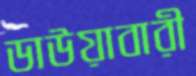
ডাউয়াবারী